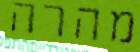
מהרה